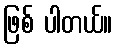
ဖြစ် ပါတယ်။